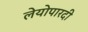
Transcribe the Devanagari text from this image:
लेयोपारदी